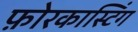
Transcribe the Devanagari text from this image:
फ़ोरकास्टिंग